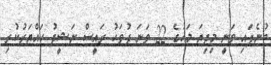
ބުނެފައި ވަނީ މިދިޔަ މަހުގެ 22 ވަނަ ދުވަހު ރައީސް ނަޝީދު ހައްޔަރުކުރި